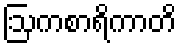
ဩကစာရိကာတိ